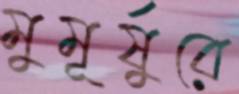
মুমূর্ষুরে